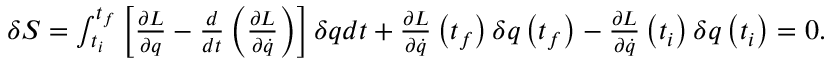
\begin{array} { r } { \delta S = \int _ { t _ { i } } ^ { t _ { f } } \left[ \frac { \partial L } { \partial q } - \frac { d } { d t } \left( \frac { \partial L } { \partial \dot { q } } \right) \right] \delta q d t + \frac { \partial L } { \partial \dot { q } } \left( t _ { f } \right) \delta q \left( t _ { f } \right) - \frac { \partial L } { \partial \dot { q } } \left( t _ { i } \right) \delta q \left( t _ { i } \right) = 0 . } \end{array}